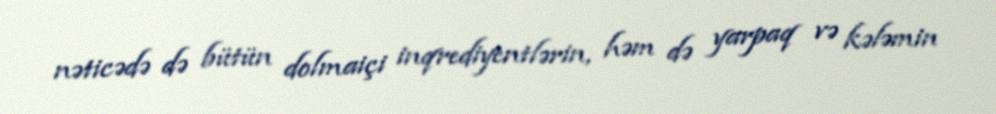
nəticədə də bütün dolmaiçi inqrediyentlərin, həm də yarpaq və kələmin